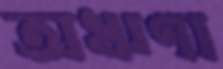
অঋণা